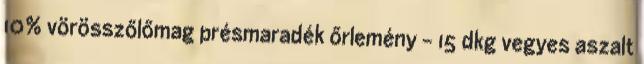
10% vörösszőlőmag présmaradék őrlemény - 15 dkg vegyes aszalt